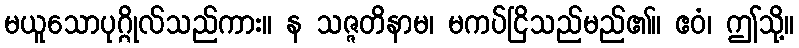
မယူသောပုဂ္ဂိုလ်သည်ကား။ န သဇ္ဇတိနာမ၊ မကပ်ငြိသည်မည်၏။ ဧဝံ၊ ဤသို့။